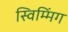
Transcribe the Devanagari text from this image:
स्विम्मिंग